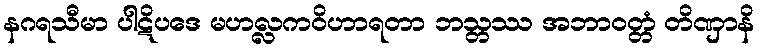
နဂရသီမာ ပါဋိပဒေ မဟလ္လကဝိဟာရတာ ဘသ္တဿ အဘာဝတ္တံ တိဏှာနိ